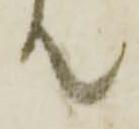
て